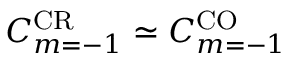
C _ { m = - 1 } ^ { \mathrm { C R } } \simeq C _ { m = - 1 } ^ { \mathrm { C O } }